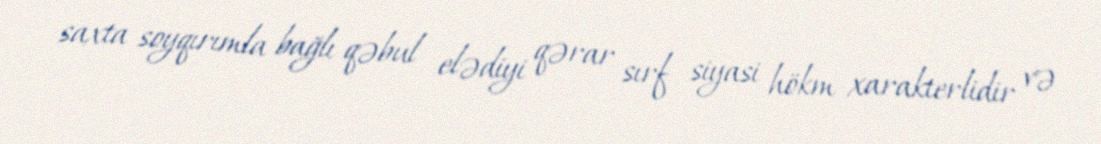
saxta soyqırımla bağlı qəbul elədiyi qərar sırf siyasi hökm xarakterlidir və